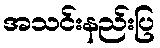
အသင်းနည်းပြ